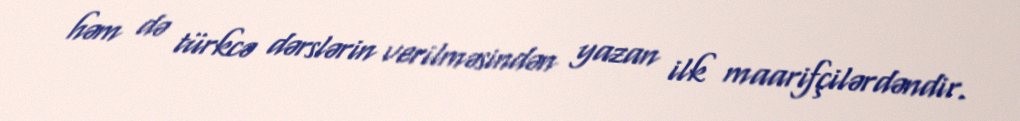
həm də türkcə dərslərin verilməsindən yazan ilk maarifçilərdəndir.